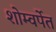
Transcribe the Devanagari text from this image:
शोम्वर्पेत